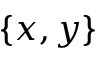
\{ x , y \}